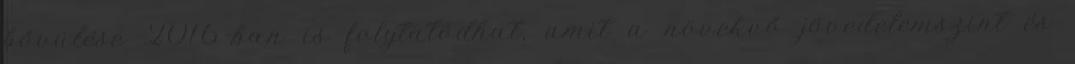
bővülése 2016-ban is folytatódhat, amit a növekvő jövedelemszint és